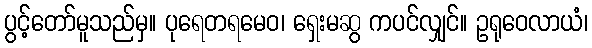
ပွင့်တော်မူသည်မှ။ ပုရေတရမေဝ၊ ရှေးမဆွ ကပင်လျှင်။ ဥရုဝေလာယံ၊